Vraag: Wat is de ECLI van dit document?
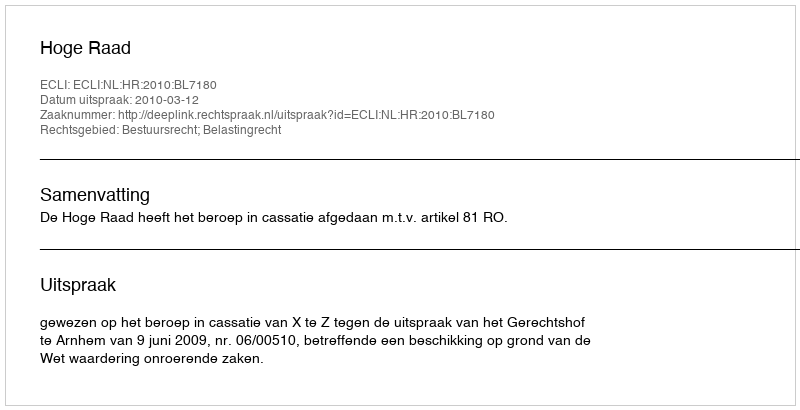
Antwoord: ECLI:NL:HR:2010:BL7180